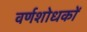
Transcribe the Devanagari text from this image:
वर्णशोधकों